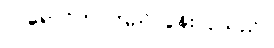
လရောင်က ကြည်လွန်းလှသည်။